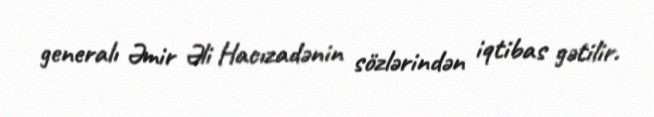
generalı Əmir Əli Hacızadənin sözlərindən iqtibas gətilir.